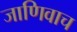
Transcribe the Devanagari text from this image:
जाणिवाच